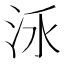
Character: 𣳛